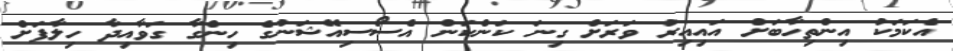
އެކަމަކު އިންތިހާބަށް އައިއިރު ވަރަށް ގިނަ ކަންކަން އެސޯސިއޭޝަނުގެ ހިންގާ ގަވާއިދާ ހިލާފަށް